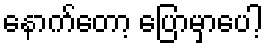
နောက်တော့ ပြောမှာပေါ့